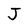
Character: J